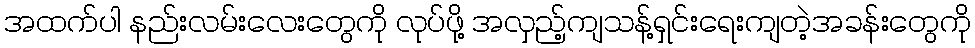
အထက်ပါ နည်းလမ်းလေးတွေကို လုပ်ဖို့ အလှည့်ကျသန့်ရှင်းရေးကျတဲ့အခန်းတွေကို